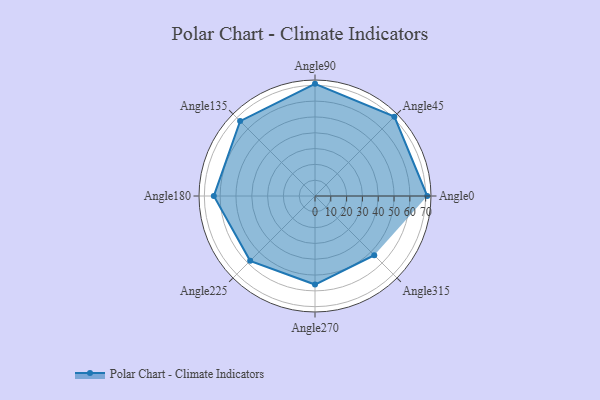
{"axis": {"x": "Angle", "y": "Radius"}, "legend": [""], "data": [{"x": "Angle0", "y": 71.0, "type": ""}, {"x": "Angle45", "y": 71.0, "type": ""}, {"x": "Angle90", "y": 71.0, "type": ""}, {"x": "Angle135", "y": 67.0, "type": ""}, {"x": "Angle180", "y": 64.0, "type": ""}, {"x": "Angle225", "y": 58.0, "type": ""}, {"x": "Angle270", "y": 56.0, "type": ""}, {"x": "Angle315", "y": 53.0, "type": ""}]}